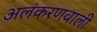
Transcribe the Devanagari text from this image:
अलंकरणवाली